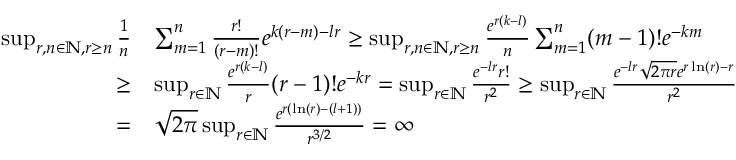
\begin{array} { r l } { \operatorname* { s u p } _ { r , n \in \mathbb { N } , r \geq n } \frac { 1 } { n } } & { \sum _ { m = 1 } ^ { n } \frac { r ! } { ( r - m ) ! } e ^ { k ( r - m ) - l r } \geq \operatorname* { s u p } _ { r , n \in \mathbb { N } , r \geq n } \frac { e ^ { r ( k - l ) } } { n } \sum _ { m = 1 } ^ { n } ( m - 1 ) ! e ^ { - k m } } \\ { \geq } & { \operatorname* { s u p } _ { r \in \mathbb { N } } \frac { e ^ { r ( k - l ) } } { r } ( r - 1 ) ! e ^ { - k r } = \operatorname* { s u p } _ { r \in \mathbb { N } } \frac { e ^ { - l r } r ! } { r ^ { 2 } } \geq \operatorname* { s u p } _ { r \in \mathbb { N } } \frac { e ^ { - l r } \sqrt { 2 \pi r } e ^ { r \ln ( r ) - r } } { r ^ { 2 } } } \\ { = } & { \sqrt { 2 \pi } \operatorname* { s u p } _ { r \in \mathbb { N } } \frac { e ^ { r ( \ln ( r ) - ( l + 1 ) ) } } { r ^ { 3 / 2 } } = \infty } \end{array}